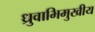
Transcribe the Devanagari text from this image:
ध्रुवाभिमुखीय